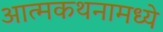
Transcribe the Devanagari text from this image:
आत्मकथनामध्ये